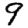
Digit: 9